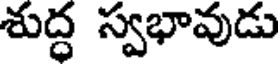
శుద్ధ స్వభావుడు